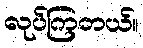
လုပ်ကြတယ်။